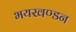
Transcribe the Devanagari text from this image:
भयखण्डन